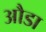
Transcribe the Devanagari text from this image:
औडा